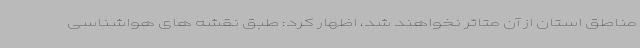
مناطق استان از آن متاثر نخواهند شد، اظهار کرد: طبق نقشه های هواشناسی